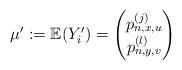
LaTeX: \begin{align*}\mu' := \mathbb{E}(Y_i') = \begin{pmatrix} p_{n,x,u}^{(j)} \\ p_{n,y,v}^{(l)} \end{pmatrix}\end{align*}